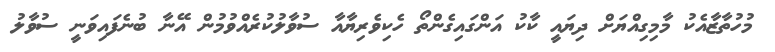
މުހުތާޒާއެކު މާމިގިއްޔަށް ދިޔައީ ކާކު އަންގައިގެންތޯ ހެކިވެރިޔާއާ ސުވާލުކުރެއްވުމުން އޭނާ ބުނެފައިވަނީ ސުވާލު